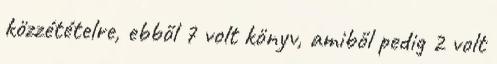
közzétételre, ebből 7 volt könyv, amiből pedig 2 volt